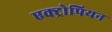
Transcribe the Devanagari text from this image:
एक्ट्रोपियन